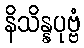
နိသိန္နပုဗ္ဗံ